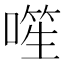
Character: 𪡾